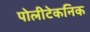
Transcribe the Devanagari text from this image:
पोलीटेकनिक